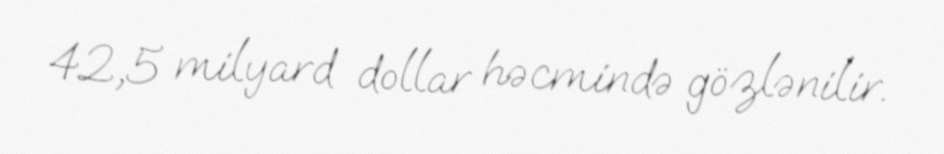
42,5 milyard dollar həcmində gözlənilir.